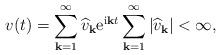
LaTeX: \begin{align*}v(t)=\sum_{\mathbf{k}=1}^{\infty} \widehat{v}_{\mathbf{k}}{\rm e}^{{\rm i}\mathbf{k}t} \sum_{\mathbf{k}=1}^{\infty} |\widehat{v}_{\mathbf{k}}|<\infty,\end{align*}